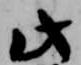
此